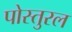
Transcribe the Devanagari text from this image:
पोस्तुरल